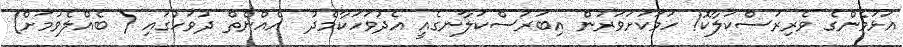
އަޅަމެންގެ ވެރިރަސްކަލާކޮ! ހަމަކަށަވަރުން އިބަރަސްކަލާނގެއީ އެދުވަހަކާމެދު  އެއްނެތް ދުވަހުގައި ( ބެއްލެވުމަށް)